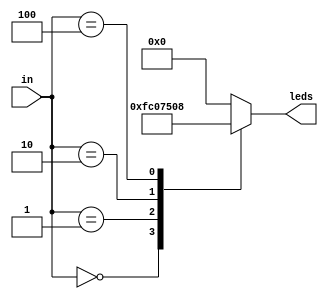
module hexDisp (in,leds);
//===== INPUT OUTPUT DECLARATIONS =====//
input [2:0]in;
output reg [0:6]leds;

//===== BEHAVIOURAL FLOW MODEL =====//
always @(in)
	case(in)
		0: leds = 7'b1111110; // LOW for all
		1: leds = 7'b0000001; // Open
		2: leds = 7'b1101010; // NEW
		4: leds = 7'b0001000; // Alarm
	default: leds = 7'b0000000;
	endcase
endmodule